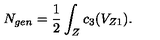
N _ { g e n } = \frac { 1 } { 2 } \int _ { Z } c _ { 3 } ( V _ { Z 1 } ) .